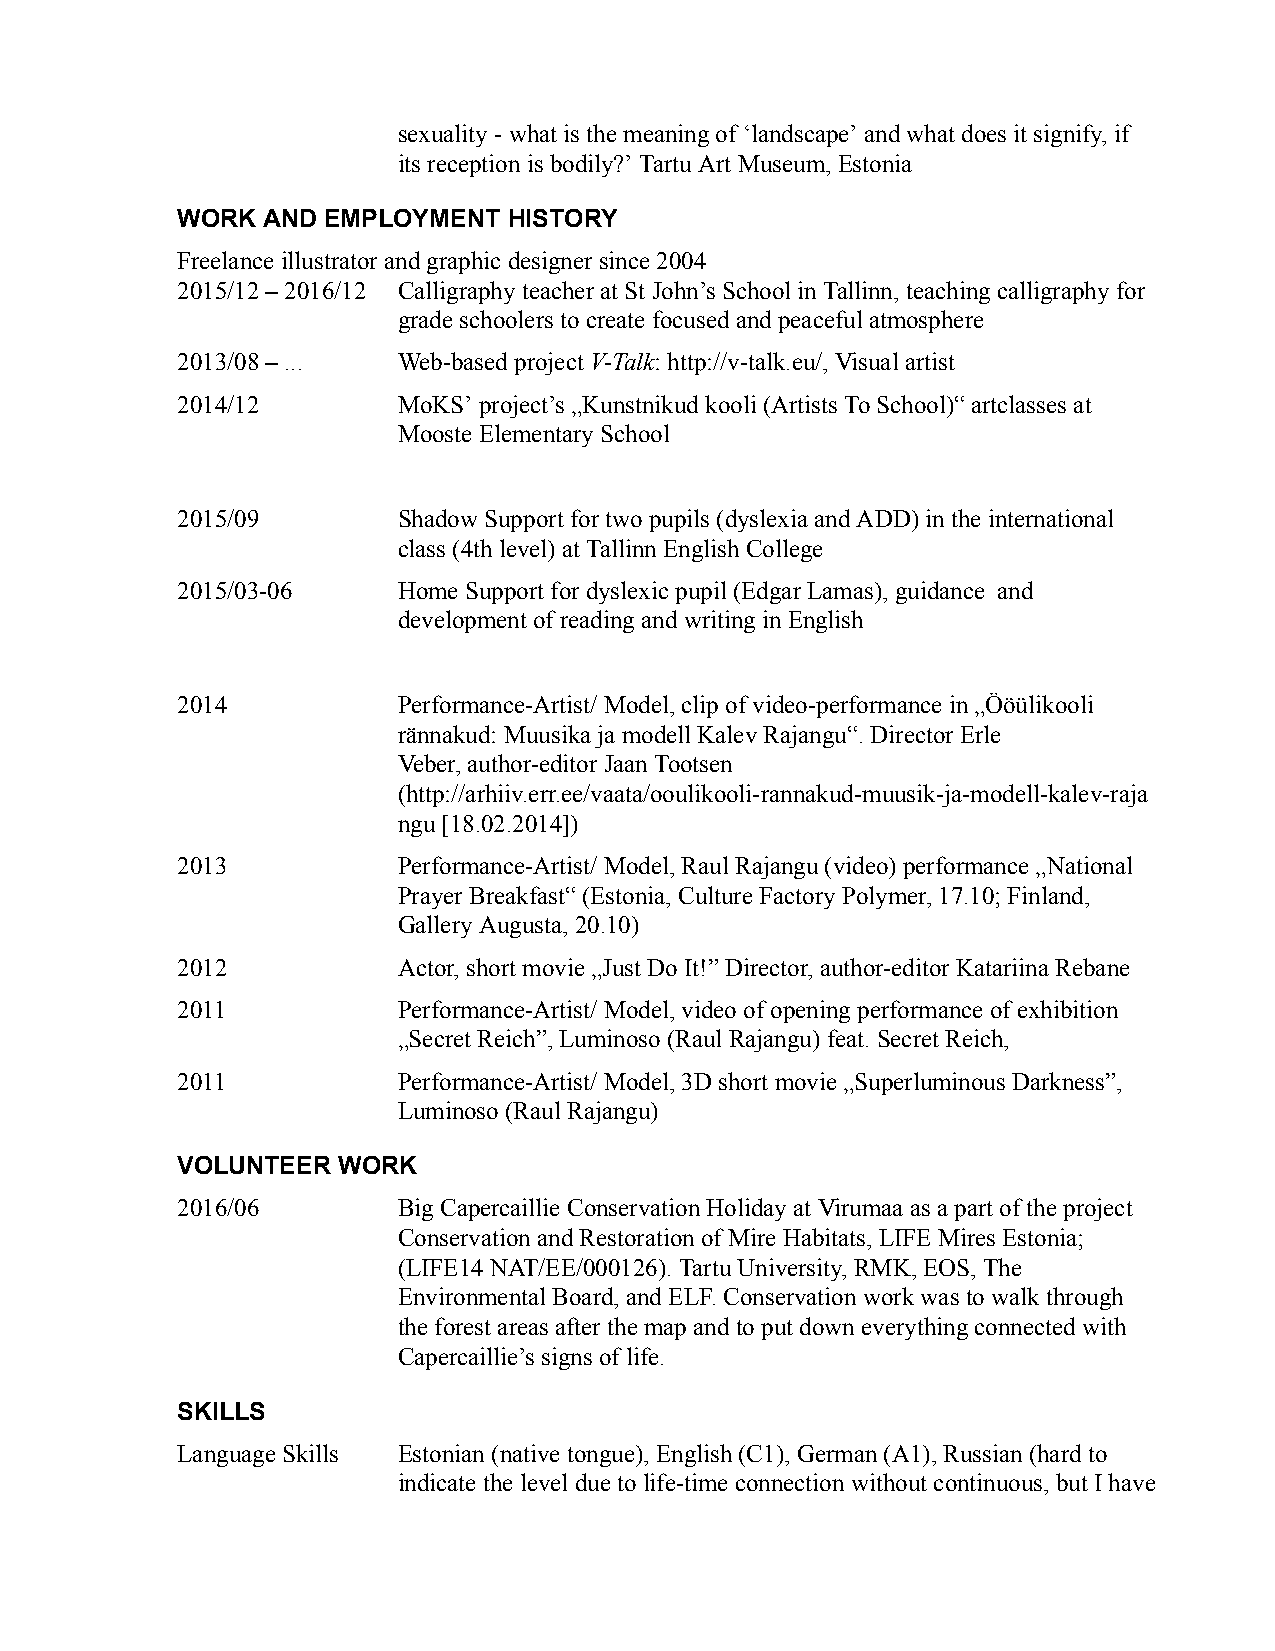
sexuality -whatis themeaningof ‘landscape’and whatdoesit signify,if
 its reception isbodily?’ TartuArt Museum,Estonia
 WORK AND EMPLOYMENT   HISTORY
 Freelance illustratorand graphicdesigner since2004
 2015/12 –2016/12 Calligraphyteacher at St John’sSchool inTallinn,teachingcalligraphyfor
 gradeschoolers tocreate focusedandpeaceful atmosphere
 2013/08 –...  Web-based projectV-Talk:http://v-talk.eu/, Visualartist
 2014/12       MoKS’project’s„Kunstnikud kooli (ArtistsToSchool)“ artclassesat
 MoosteElementary School
 2015/09       Shadow Supportfor twopupils (dyslexia andADD) inthe international
 class(4th level) atTallinnEnglish College
 2015/03-06    HomeSupport for dyslexicpupil (Edgar Lamas),guidance and
 development ofreadingand writing inEnglish
 2014          Performance-Artist/ Model,clip of video-performancein „Ööülikooli
 rännakud:Muusikaja modellKalevRajangu“. Director Erle
 Veber, author-editorJaan Tootsen
 (http://arhiiv.err.ee/vaata/ooulikooli-rannakud-muusik-ja-modell-kalev-raja
 ngu[18.02.2014])
 2013          Performance-Artist/ Model,RaulRajangu (video)performance „National
 PrayerBreakfast“(Estonia, CultureFactoryPolymer, 17.10;Finland,
 GalleryAugusta, 20.10)
 2012          Actor,shortmovie „JustDo It!”Director, author-editor Katariina Rebane
 2011          Performance-Artist/ Model,video ofopening performance ofexhibition
 „Secret Reich”,Luminoso (RaulRajangu) feat.SecretReich,
 2011          Performance-Artist/ Model,3D shortmovie „Superluminous Darkness”,
 Luminoso (RaulRajangu)
 VOLUNTEER WORK
 2016/06       Big CapercaillieConservationHoliday atVirumaa asa partofthe project
 Conservationand Restorationof MireHabitats,LIFE MiresEstonia;
 (LIFE14NAT/EE/000126).TartuUniversity, RMK,EOS,The
 Environmental Board,andELF. Conservationworkwasto walkthrough
 theforestareas after themap andtoputdown everything connectedwith
 Capercaillie’s signs oflife.
 SKILLS
 LanguageSkills Estonian (nativetongue),English (C1),German(A1), Russian (hardto
 indicate theleveldueto life-timeconnection withoutcontinuous,butI have